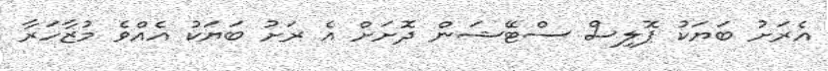
އެރަށު ބަޔަކު ޕޮލިސް ސްޓޭޝަން ދޮށަށް އެ ރަށު ބަޔަކު އެއްވެ މުޒާހަރާ